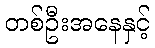
တစ်ဦးအနေနှင့်